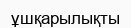
ұшқарылықты